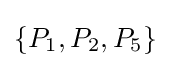
\{P_{1},P_{2},P_{5}\}